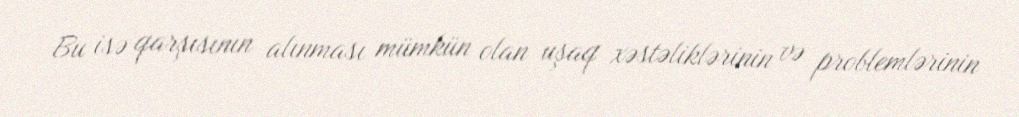
Bu isə qarşısının alınması mümkün olan uşaq xəstəliklərinin və problemlərinin